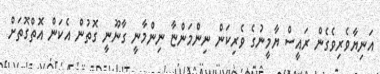
އަނިޔާވެރިވެގެން ރައީސް ޔާމީނުގެ ވެރިކަން ނިންމަންޏާ ނިންމާނީ ގާނޫނީ ގޮތުން އެކަން އޮތްގޮތަށް